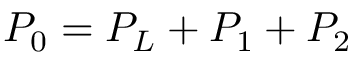
P _ { 0 } = P _ { L } + P _ { 1 } + P _ { 2 }